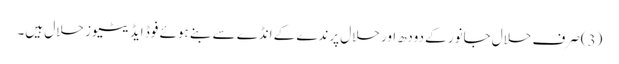
(3)صرف حلال جانور کے دودھ اور حلال پرندے کے انڈے سے بنے ہوئے فوڈ ایڈیٹیوز حلال ہیں۔